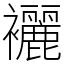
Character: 襹